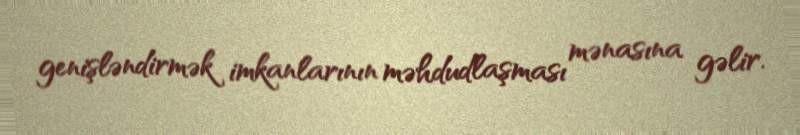
genişləndirmək imkanlarının məhdudlaşması mənasına gəlir.